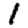
Digit: 1